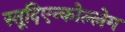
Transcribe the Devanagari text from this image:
स्तूदिएन्कोल्लेग